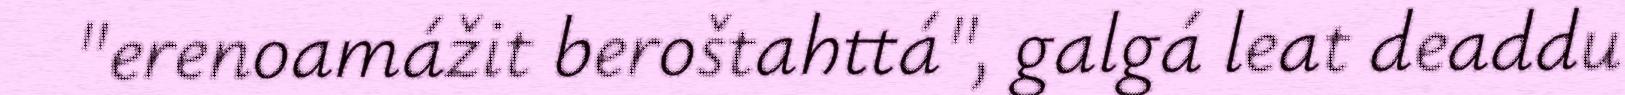
"erenoamážit beroštahttá", galgá leat deaddu